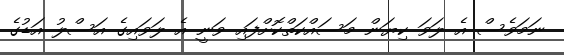
ނަމަވެސް އެ ލަވަ ކިޔަން މަސައްކަތްކޮށްފައި ވަނީ އެ ލަވައިގެ އަސްލު އަޑުގެ